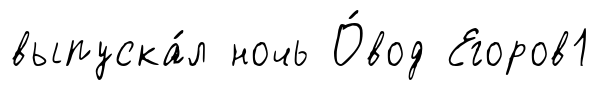
выпуска́л ночь О́вод Егоров1